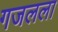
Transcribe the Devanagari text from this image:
गजलला